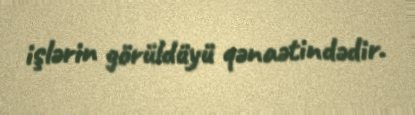
işlərin görüldüyü qənaətindədir.